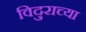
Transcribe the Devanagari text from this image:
विदुराच्या